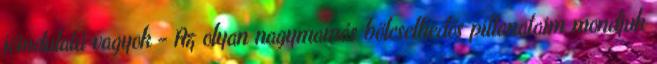
jóindulatú vagyok - Az olyan nagymamás bölcselkedős pillanataim mondjuk